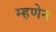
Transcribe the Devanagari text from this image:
म्हणेन